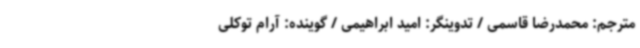
مترجم: محمدرضا قاسمی / تدوینگر: امید ابراهیمی / گوینده: آرام توکلی